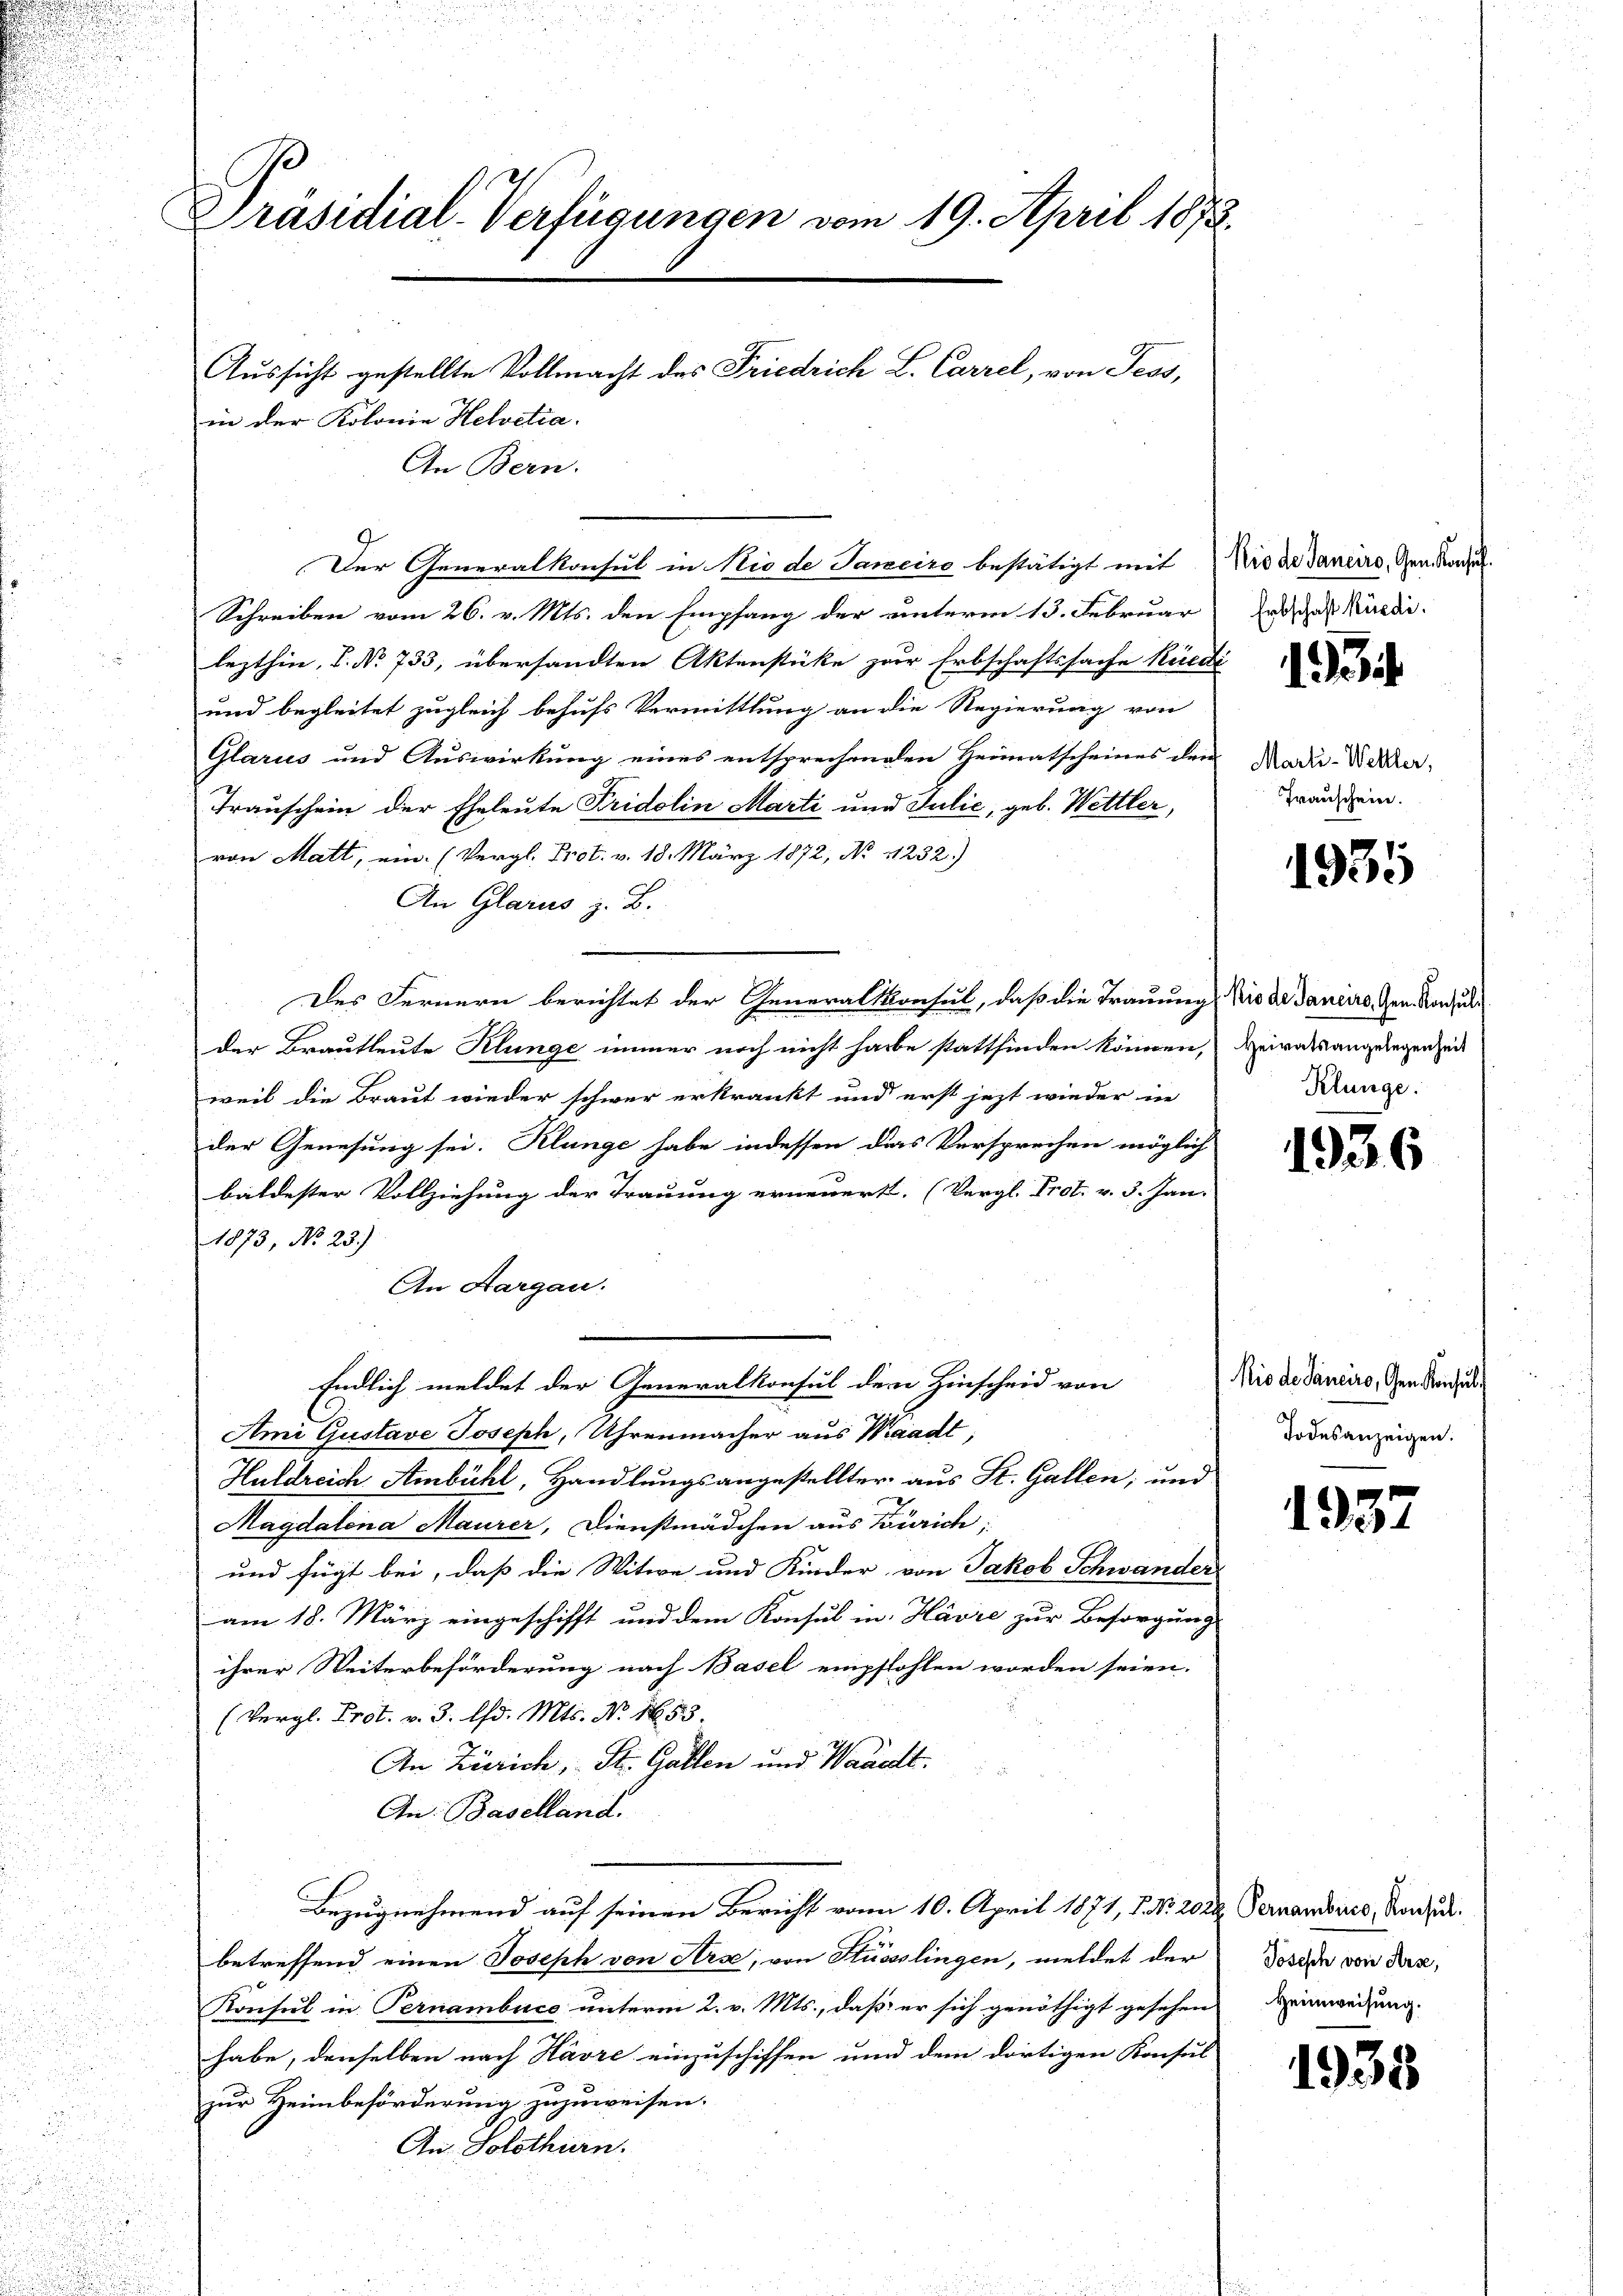
Präsidial-Verfügungen vom 19. April 1872.
Aussicht gestellte Vollmacht des Friedrich L. Carrel, von Tess,
in der Kolonie Helvetia.

An Bern.
Der Generalkonsul in Niede Janeiro bestätigt mit
Schreiben vom 26. v. Mts. den Empfang der unterm 13. Februar
lezthin, C. No 733, übersandten Aktenstüke zur Erbschaftssache Kirca
und begleitet zugleich behufs Vermittlung an die Regierung von
Glarus und Auswirkung eines entsprechenden Heimatscheines den
Trauschein der Eheleute Fridolin Marti und Julić, geb. Wettler,
von Matt, ein. (Vergl. Prot. v. 18. März 1872, No 1232.)
An Glarus z. B.
Des Fernern berichtet der Generalkonsul, daß die Trauung, die der Daniers, Gen. Konsulder Brautleute Klunge immer noch nicht habe stattfinden können, Heirats angelegen zeit
weil die Braut wieder schwer erkrankt und erst jetzt wieder in
der Genesung sei. Klange habe indessen das Versprechen möglich
bäldester Vollziehung der Trauung erneuert. (Vergl. Prot. v. 3. Jan.
1873, No 23.)
An Aargau:
Endlich meldet der Generalkonsul dem Hinscheid von
Ami Gustave Joseph, Uhrenmacher aus Waadt,
Huldreich Ambühl, Handlungsangestellter aus St. Gallen, und
Magdalena Maurer, Dienstmädchen aus Zürich;
und fügt bei, daß die Witwe und Kinder, von Jakob Schwander
am 18. März eingeschifft und dem Konsul in Havre zur Besorgung
ihrer Weiterbeförderung nach Basel empfohlen worden seien.
(Vergl. Prot. v. 3. d. Mts. No. 1653.
An Zürich, St. Gallen und Waadt.
An: Baselland.
Bezugnehmend auf seinen Bericht vom 10. April 1871, P. Nr. 202. Pernandeurs, Konzer.
betreffend einen Joseph von Arse, von Hüsslingen, meldet der Dosche von den,
Konsul in Pernambuce unterm 2. v. Mts., daß er sich genöthigt gesehen
habe, denselben nach Havre einzuschiffen und dem dortigen Konsul
zur Heimbeförderung zuzuweisen.
An Solothurn.

Rio de Sanciro, Gen. Konsul
Erbschaft Rüedi.
.

1

Marli-Weltler,
Trauschein.

1935

Klunge

1936

Rio de Sanciro, den Konsul
Todesanzeigen.

1937

Heimweisen

1939